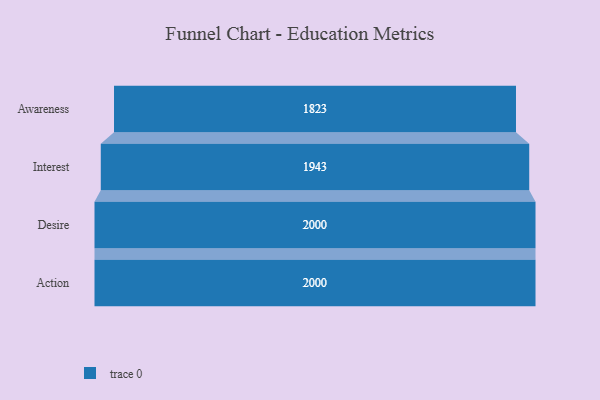
{"axis": {"x": "Stage", "y": "Value"}, "legend": [""], "data": [{"x": "Awareness", "y": 1823.0, "type": ""}, {"x": "Interest", "y": 1943.0, "type": ""}, {"x": "Desire", "y": 2000, "type": ""}, {"x": "Action", "y": 2000, "type": ""}]}